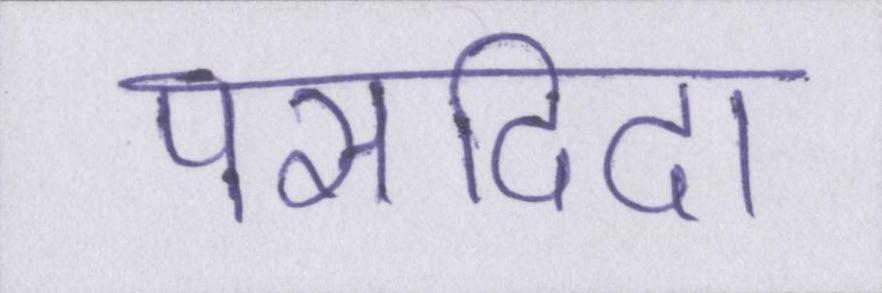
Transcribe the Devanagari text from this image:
पसदिदा